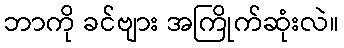
ဘာကို ခင်ဗျား အကြိုက်ဆုံးလဲ။